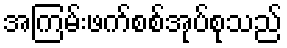
အကြမ်းဖက်စစ်အုပ်စုသည်